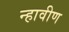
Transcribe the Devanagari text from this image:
न्हावीण